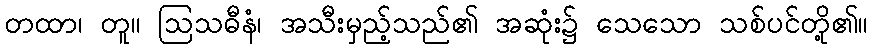
တထာ၊ တူ။ ဩသဓီနံ၊ အသီးမှည့်သည်၏ အဆုံး၌ သေသော သစ်ပင်တို့၏။